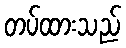
တပ်ထားသည်